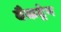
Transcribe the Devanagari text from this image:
वैकट्रेन